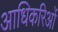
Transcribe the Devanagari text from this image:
आधिकरिओं